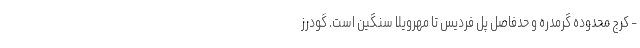
- کرج محدوده گرمدره و حدفاصل پل فردیس تا مهرویلا سنگین است. گودرز